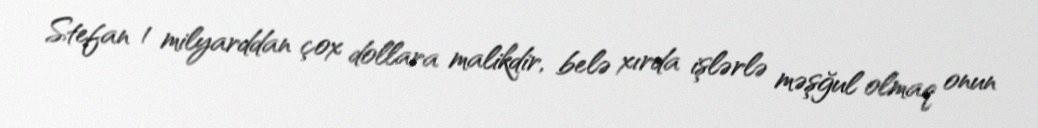
Stefan 1 milyarddan çox dollara malikdir, belə xırda işlərlə məşğul olmaq onun